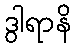
ဒွါရာနိ